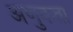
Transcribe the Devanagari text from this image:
अणुकता